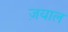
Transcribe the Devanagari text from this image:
ज़याल